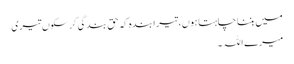
میں بننا چاہتا ہوں،تیرا بندہ کہ حقِ بندگی کر سکوں تیری
میرے اللہ ۔